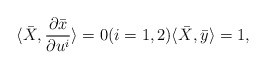
\begin{align*}\langle \bar{X},\frac{\partial \bar{x}}{\partial u^{i}}\rangle=0(i=1,2)\langle \bar{X},\bar{y}\rangle=1, \end{align*}